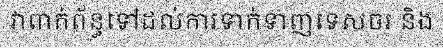
វាពាក់ព័ន្ធទៅដល់ការទាក់ទាញទេសចរ និង